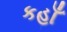
કહાઁ